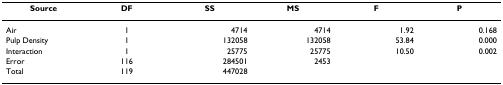
| Source | DF | SS | MS | F | P |
 | --- | --- | --- | --- | --- | --- |
 | Air | 1 | 4714 | 4714 | 1.92 | 0.168 |
 | Pulp Density | 1 | 132058 | 132058 | 53.84 | 0.000 |
 | Interaction | 1 | 25775 | 25775 | 10.50 | 0.002 |
 | Error | 116 | 284501 | 2453 |  |  |
 | Total | 119 | 447028 |  |  |  |